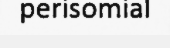
perisomial